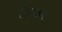
ડિસકન